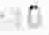
10